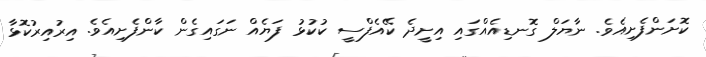
ކޮށަންފެށިއެވެ. ނާޔަލް ގޮނޑިއެއްގައި އިށީދެ ކޭއެފްސީ ކުކުޅު ފަޔެއް ނަގައިގެން ކާންފެށިއެވެ. އިރުއިރުކޮޅާ